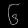
Digit: ၆